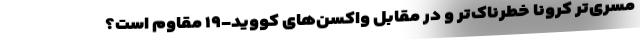
مُسری‌تر کرونا خطرناک‌تر و در مقابل واکسن‌های کووید-۱۹ مقاوم است؟